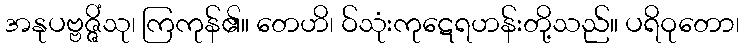
အနုပဗ္ဗဇ္ဇိံသု၊ ကြကုန်၏။ တေဟိ၊ ဝ်သုံးကုဋေရဟန်းတို့သည်။ ပရိဝုတော၊